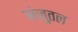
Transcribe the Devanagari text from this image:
मंजुतल